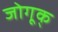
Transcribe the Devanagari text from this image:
जोगूक्